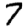
Digit: 7